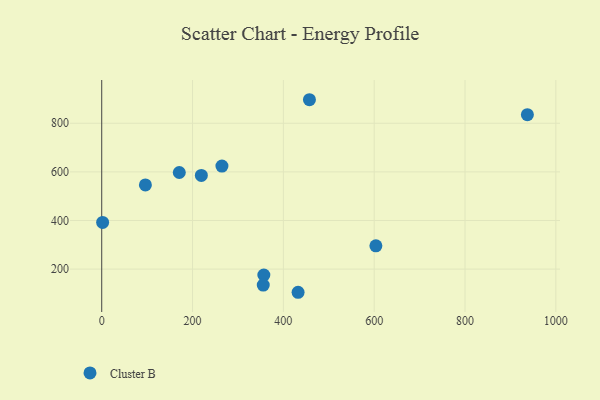
{"axis": {"x": "Experience", "y": "Yield"}, "legend": ["Cluster B"], "data": [{"x": "2.0", "y": 391.8, "type": "Cluster B"}, {"x": "937.3", "y": 835.2, "type": "Cluster B"}, {"x": "603.7", "y": 295.7, "type": "Cluster B"}, {"x": "457.4", "y": 896.8, "type": "Cluster B"}, {"x": "357.0", "y": 175.6, "type": "Cluster B"}, {"x": "219.4", "y": 585.4, "type": "Cluster B"}, {"x": "96.2", "y": 546.3, "type": "Cluster B"}, {"x": "264.7", "y": 623.8, "type": "Cluster B"}, {"x": "432.4", "y": 104.6, "type": "Cluster B"}, {"x": "355.7", "y": 134.4, "type": "Cluster B"}, {"x": "170.8", "y": 597.3, "type": "Cluster B"}]}